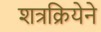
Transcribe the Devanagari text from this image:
शत्रक्रियेने